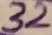
Text: 32